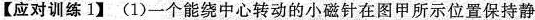
【应对训练1】(1)一个能绕中心转动的小磁针在图甲所示位置保持静